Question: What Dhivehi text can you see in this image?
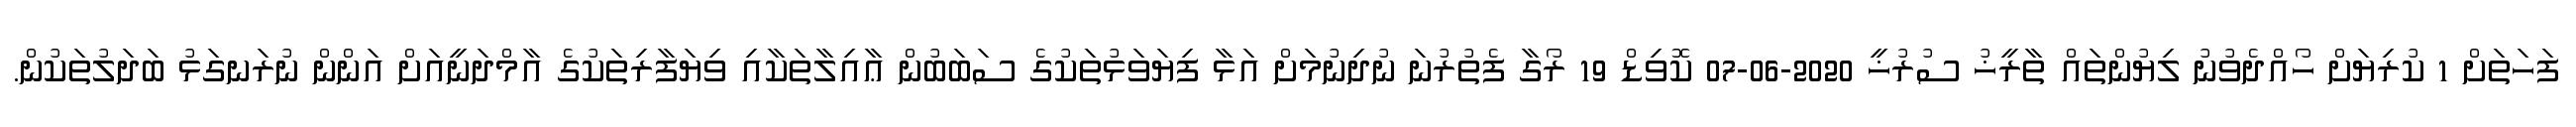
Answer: ފަހަތަށް 1 ކުރިޔަށް ހޯއްދެވުނު ލިޔުންތައް ތާރީޚު ސުރުޚީ 2020-06-07 ކޮވިޑް 19 ރޯގާ ފެތުރުނަ ނުދިނުމަށް އަޅާ ފިޔަވަޅުތަކުގެ ސަބަބުން ޢާއިލާތަކާއި ވިޔަފާރިތަކުގެ އާމްދަނީއަށް އަންން ނުރަނގަޅު ބަދަލުތަކުން.